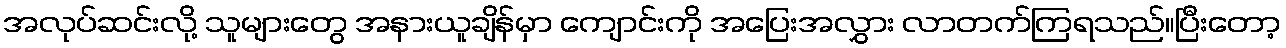
အလုပ်ဆင်းလို့ သူများတွေ အနားယူချိန်မှာ ကျောင်းကို အပြေးအလွှား လာတက်ကြရသည်။ပြီးတော့